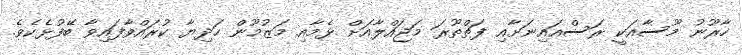
ހާރޫނު މޫސާއަކީ ރަސްއައިނަށާއި ފަތްތޫރަ މަޖައްލާއަށް ޅެމާއި މަޒުމޫން ހަދިޔާ ކުރައްވާފައިވާ ބޭފުޅެކެވެ.